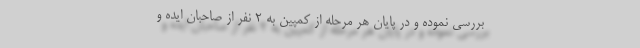
بررسی نموده و در پایان هر مرحله از کمپین به ۲ نفر از صاحبان ایده و